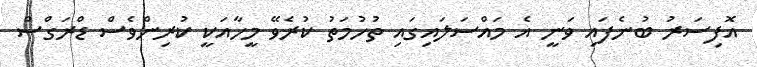
އޮފިސަރު ބުނެފައި ވަނީ އެ މައްސަލައިގައި ތުހުމަތު ކުރެވޭ މީހާއަކީ ކުރިންވެސް ޑްރަގްސް